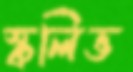
স্কলিভ